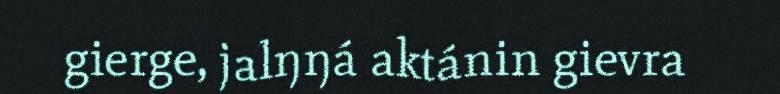
gierge, jalŋŋá aktánin gievra